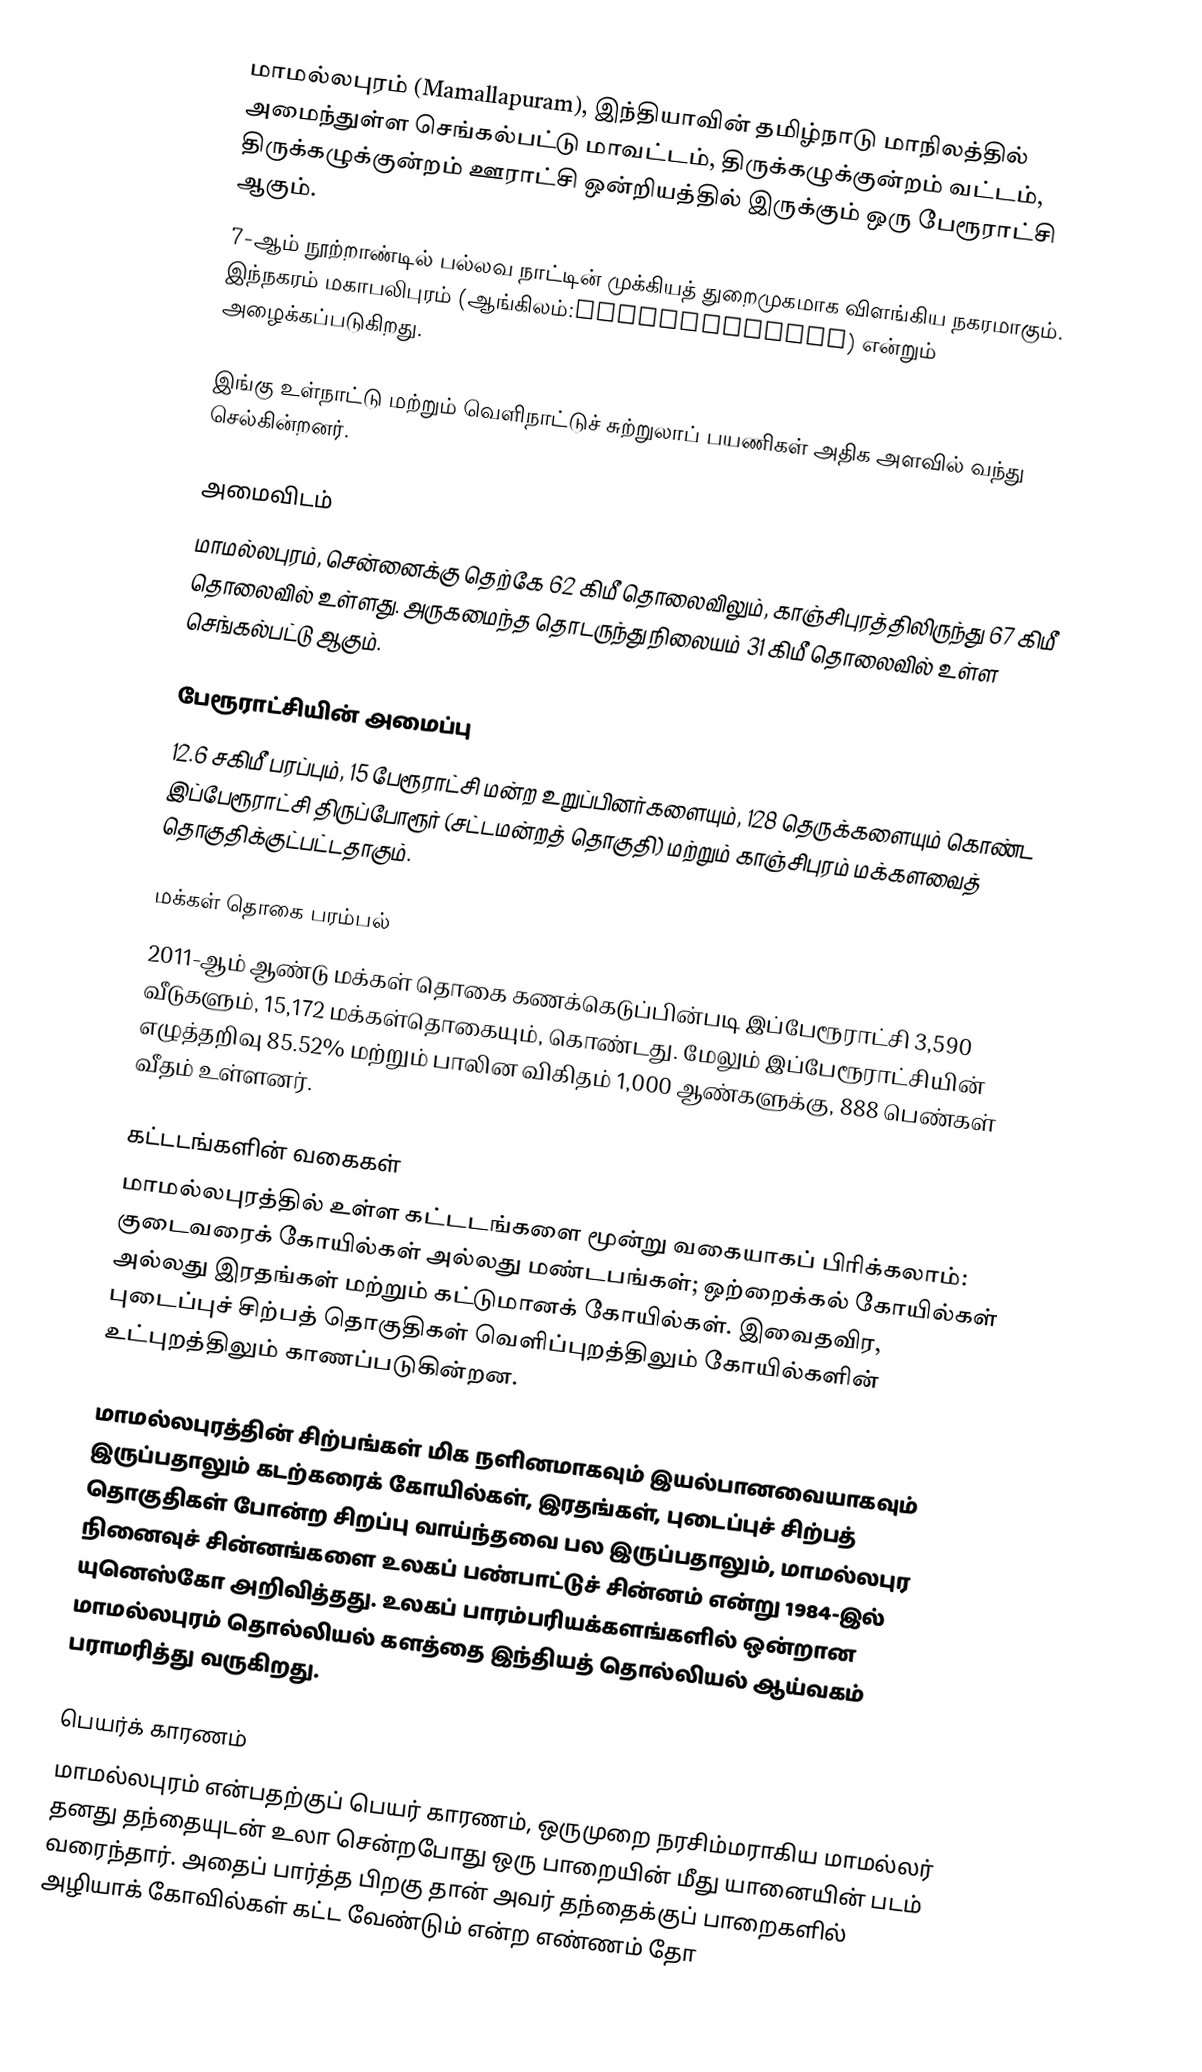
மாமல்லபுரம்  (Mamallapuram), இந்தியாவின் தமிழ்நாடு மாநிலத்தில் அமைந்துள்ள செங்கல்பட்டு மாவட்டம்,  திருக்கழுக்குன்றம் வட்டம்,  திருக்கழுக்குன்றம் ஊராட்சி ஒன்றியத்தில்  இருக்கும் ஒரு பேரூராட்சி ஆகும்.
7-ஆம் நூற்றாண்டில் பல்லவ நாட்டின் முக்கியத் துறைமுகமாக விளங்கிய நகரமாகும். இந்நகரம் மகாபலிபுரம் (ஆங்கிலம்:Mahabalipuram) என்றும் அழைக்கப்படுகிறது.

இங்கு உள்நாட்டு மற்றும் வெளிநாட்டுச் சுற்றுலாப் பயணிகள் அதிக அளவில் வந்து செல்கின்றனர்.

அமைவிடம்
மாமல்லபுரம், சென்னைக்கு தெற்கே 62 கிமீ தொலைவிலும், காஞ்சிபுரத்திலிருந்து 67 கிமீ தொலைவில் உள்ளது. அருகமைந்த தொடருந்து நிலையம் 31 கிமீ தொலைவில் உள்ள செங்கல்பட்டு ஆகும்.

பேரூராட்சியின் அமைப்பு
12.6 சகிமீ பரப்பும், 15  பேரூராட்சி மன்ற உறுப்பினர்களையும், 128 தெருக்களையும்  கொண்ட இப்பேரூராட்சி திருப்போரூர் (சட்டமன்றத் தொகுதி)  மற்றும் காஞ்சிபுரம் மக்களவைத் தொகுதிக்குட்பட்டதாகும்.

மக்கள் தொகை பரம்பல்
2011-ஆம் ஆண்டு மக்கள் தொகை கணக்கெடுப்பின்படி இப்பேரூராட்சி 3,590 வீடுகளும், 15,172 மக்கள்தொகையும், கொண்டது. மேலும் இப்பேரூராட்சியின் எழுத்தறிவு    85.52%    மற்றும்  பாலின விகிதம் 1,000 ஆண்களுக்கு,    888  பெண்கள் வீதம் உள்ளனர்.

கட்டடங்களின் வகைகள்
மாமல்லபுரத்தில் உள்ள கட்டடங்களை மூன்று வகையாகப் பிரிக்கலாம்: குடைவரைக் கோயில்கள் அல்லது மண்டபங்கள்; ஒற்றைக்கல் கோயில்கள் அல்லது இரதங்கள் மற்றும் கட்டுமானக் கோயில்கள். இவைதவிர, புடைப்புச் சிற்பத் தொகுதிகள் வெளிப்புறத்திலும் கோயில்களின் உட்புறத்திலும் காணப்படுகின்றன.

மாமல்லபுரத்தின் சிற்பங்கள் மிக நளினமாகவும் இயல்பானவையாகவும் இருப்பதாலும் கடற்கரைக் கோயில்கள், இரதங்கள், புடைப்புச் சிற்பத் தொகுதிகள் போன்ற சிறப்பு வாய்ந்தவை பல இருப்பதாலும், மாமல்லபுர நினைவுச் சின்னங்களை உலகப் பண்பாட்டுச் சின்னம் என்று 1984-இல் யுனெஸ்கோ அறிவித்தது. உலகப் பாரம்பரியக்களங்களில் ஒன்றான மாமல்லபுரம் தொல்லியல் களத்தை இந்தியத் தொல்லியல் ஆய்வகம் பராமரித்து வருகிறது.

பெயர்க் காரணம்
மாமல்லபுரம் என்பதற்குப் பெயர் காரணம், ஒருமுறை நரசிம்மராகிய மாமல்லர் தனது தந்தையுடன் உலா சென்றபோது ஒரு பாறையின் மீது யானையின்  படம் வரைந்தார். அதைப் பார்த்த பிறகு தான் அவர் தந்தைக்குப் பாறைகளில் அழியாக் கோவில்கள் கட்ட வேண்டும் என்ற எண்ணம் தோ